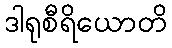
ဒါရုစီရိယောတိ